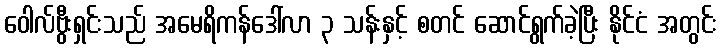
ဝေါလ်ဗွီးရှင်းသည် အမေရိကန်ဒေါ်လာ ၃ သန်းနှင့် စတင် ဆောင်ရွက်ခဲ့ပြီး နိုင်ငံ အတွင်း